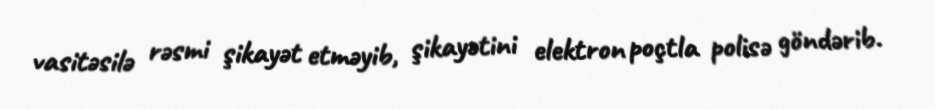
vasitəsilə rəsmi şikayət etməyib, şikayətini elektron poçtla polisə göndərib.